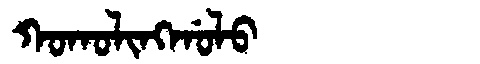
Manchu: ᡴᠣᡴᠣᠯᡳᠩᡤᠣᠯᠣ
Romanization: KOKOLINGGOLO